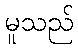
မူသည်